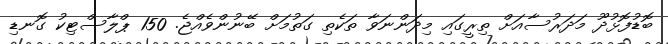
ބޮޑުފޮޅުދޫ މަދަރުސާއަށް ތިރީގައި މިދަންނަވާ ތަކެތި ގަތުމަށް ބޭނުންވެއްޖެ. 150 ޕްލާސްޓިކު ގޮނޑި